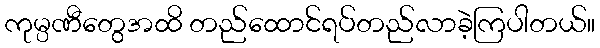
ကုမ္ပဏီတွေအထိ တည်ထောင်ရပ်တည်လာခဲ့ကြပါတယ်။